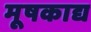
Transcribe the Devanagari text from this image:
मूषकाद्य